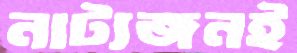
নাট্যজনই